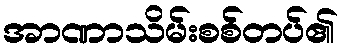
အာဏာသိမ်းစစ်တပ်၏